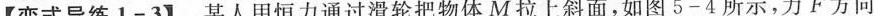
【变式导练1-3】某人用恒力通过滑轮把物体M拉上斜面，如图5-4所示，力F方向